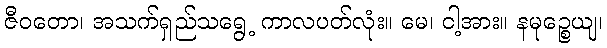
ဇီဝတော၊ အသက်ရှည်သရွေ့ ကာလပတ်လုံး။ မေ၊ ငါ့အား။ နမုဉ္စေယျ၊